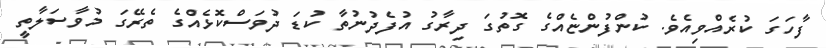
ފާހަގަ ކުރެއްވިއެވެ. ކުންފުންޏެއްގެ ގޮތުގަ ދިރާގު އުފެދުނުތާ ކުޑަ ދުވަސްކޮޅެއްގެ ތެރޭގަ މުވާސަލާތީ